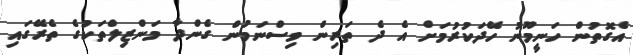
އެގޮތުން ހަނީމޫނު ހޭދަކުރުމަށް އެ ދެ ތަރިން ވިސްނަމުން ގެންދާ މަންޒިލްތަކުގެ ތެރޭގައި